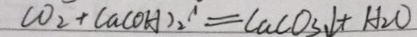
C O _ { 2 } + C a ( O H ) _ { 2 } ^ { \prime } = C a C O _ { 3 } \downarrow + H _ { 2 } O